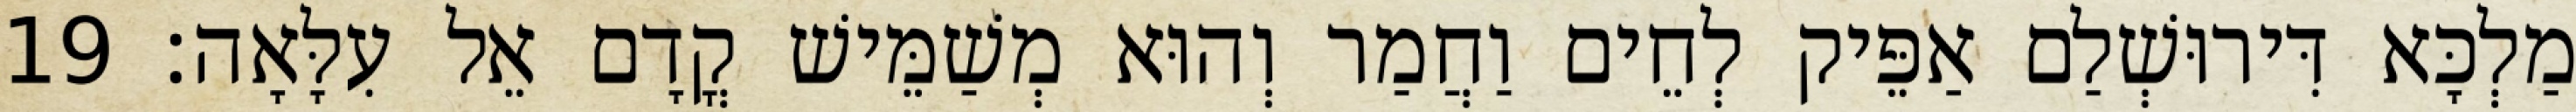
מַלְכָּא דִּירוּשְׁלַם אַפֵּיק לְחֵים וַחֲמַר וְהוּא מְשַׁמֵּישׁ קֳדָם אֵל עִלָּאָה׃ 19